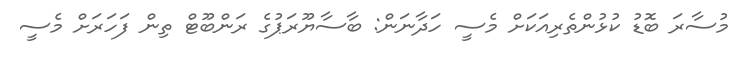
މުސާރަ ބޮޑު ކުޅުންތެރިއަކަށް މެސީ ހަދާނަން: ބާސާޔޫރަޕުގެ ރަންބޫޓް ތިން ފަހަރަށް މެސީ